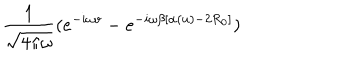
\frac { 1 } { \sqrt { 4 \pi \omega } } ( e ^ { - i \omega v } - e ^ { - i \omega \beta [ \alpha ( u ) - 2 R _ { 0 } ] } )